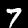
Label: 7